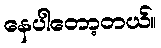
နေပါတော့တယ်။